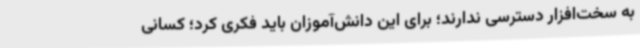
به سخت‌افزار دسترسی ندارند؛ برای این دانش‌آموزان باید فکری کرد؛ کسانی